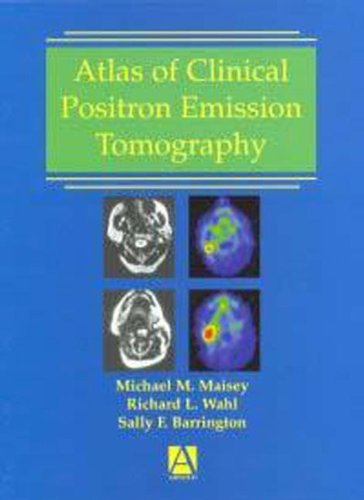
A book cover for Atlas of Clinical Positron Emission Tomography; R. Wahl; Medical Books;